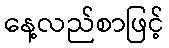
နေ့လည်စာဖြင့်